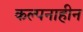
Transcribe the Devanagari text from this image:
कल्पनाहीन